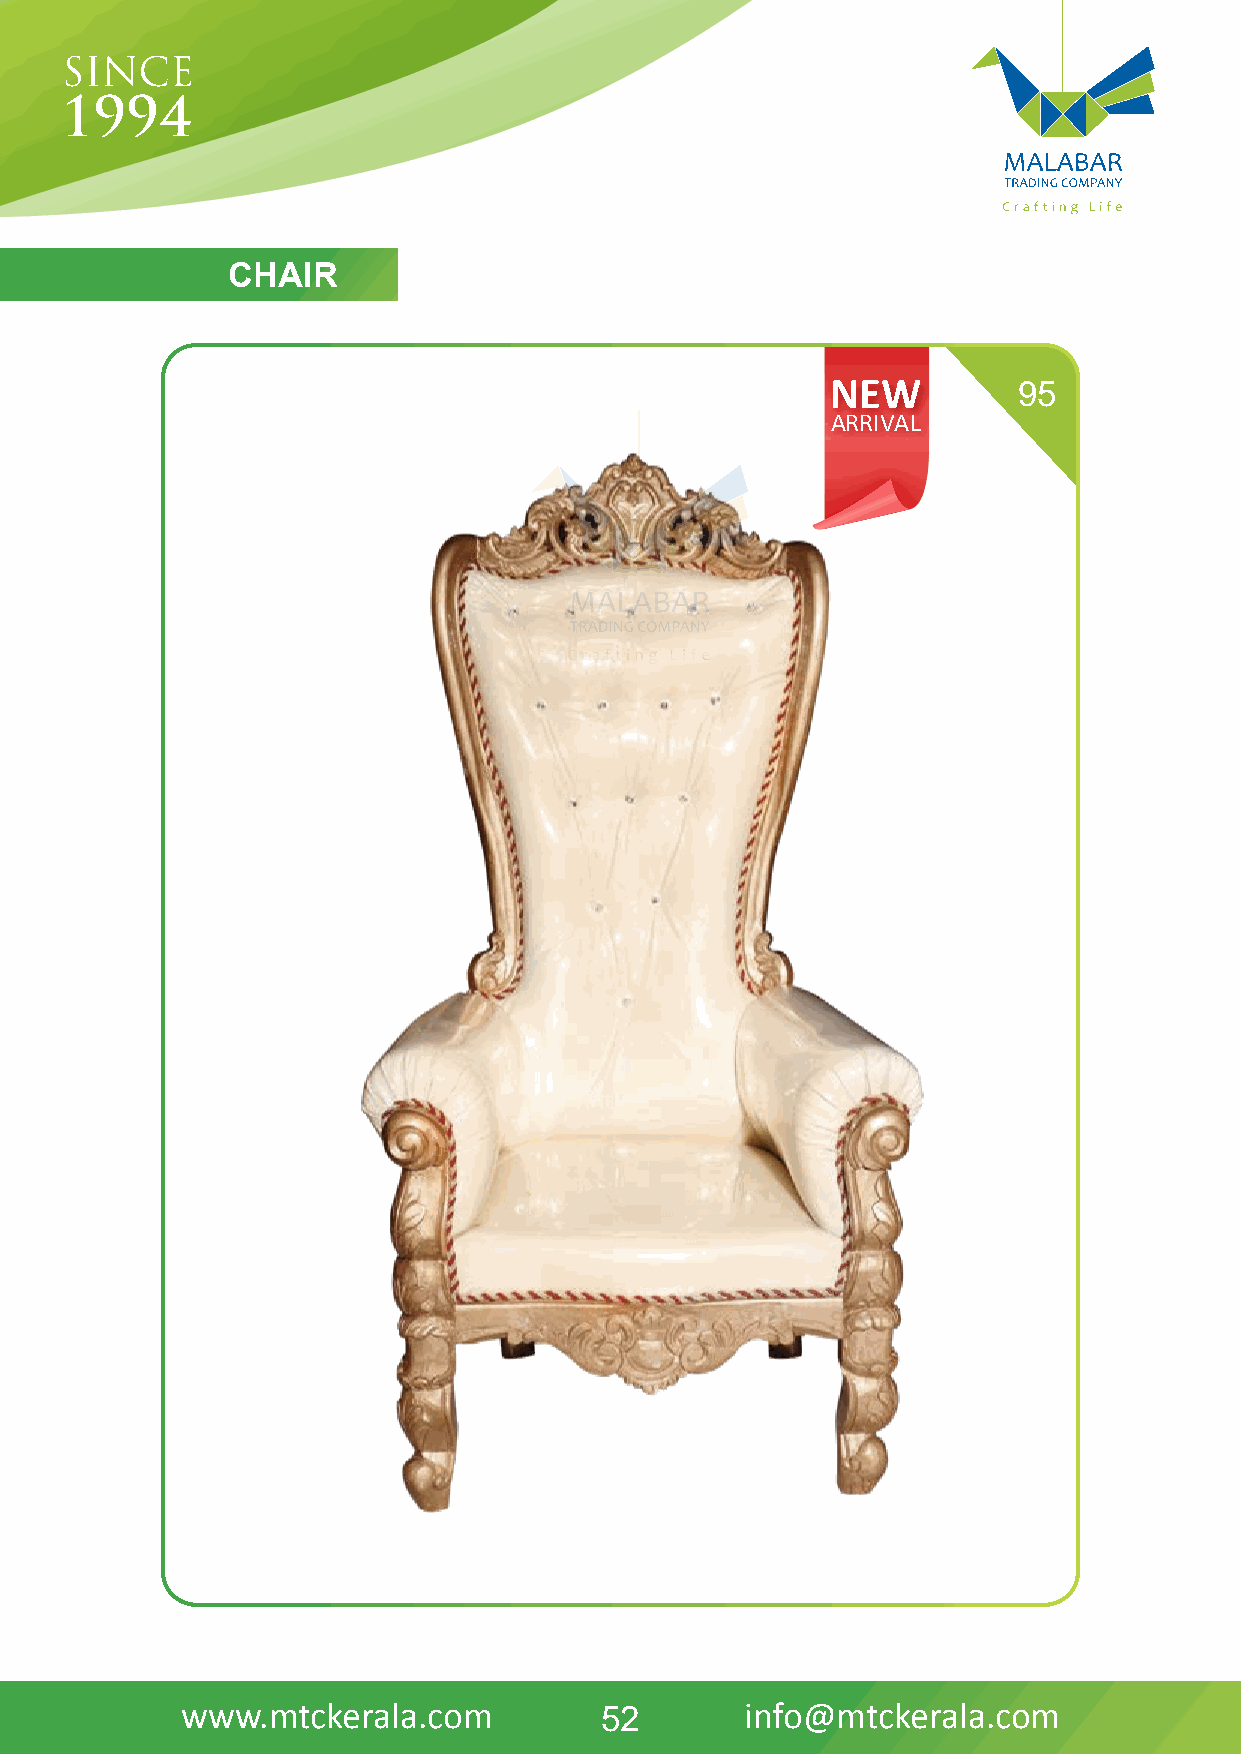
CHAIR
 NEW         95
 ARRIVAL
 www.mtckerala.com           52       info@mtckerala.com